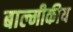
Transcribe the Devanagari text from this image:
बाल्मीकीय